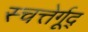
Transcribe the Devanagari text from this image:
स्चत्तेर्गूद्